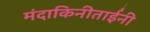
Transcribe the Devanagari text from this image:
मंदाकिनीताईंनी